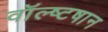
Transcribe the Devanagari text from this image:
वॉल्ष्टषान